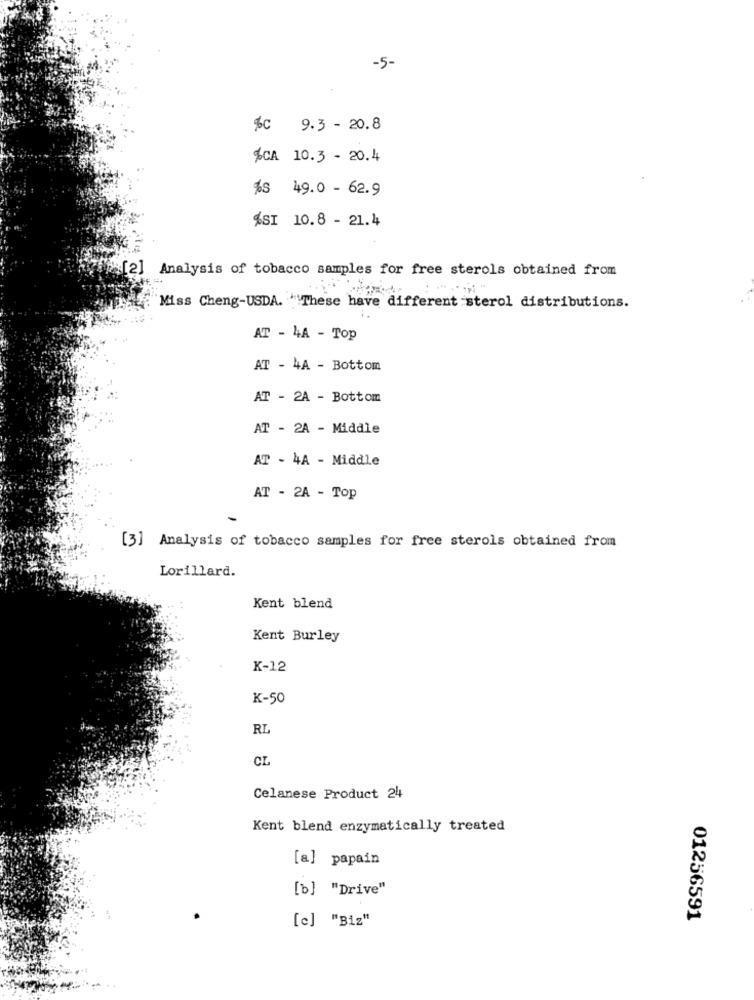
-5-
%C 9.3 - 20.8
%CA 10.3 - 20.4
%S 49.0 - 62.9
%SI 10.8 - 21.4
[2] Analysis of tobacco samples for free sterols obtained from
. ..
Miss Cheng-USDA. "These have different sterol distributions.
AT - 4A - Top
AT - 4A - Bottom
AT - 2A - Bottom
AT - 2A - Middle
AT - 4A - Middle
AT - 2A - Top
[3] Analysis of tobacco samples for free sterols obtained from
Lorillard.
Kent blend
Kent Burley
K-12
K-50
RL
CL
Celanese Product 24
Kent blend enzymatically treated
[a] papain
[b] "Drive"
[c] "Biz"
01256591